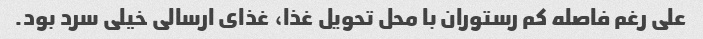
علی رغم فاصله کم رستوران با محل تحویل غذا، غذای ارسالی خیلی سرد بود.